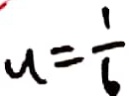
u = \frac { 1 } { 6 }